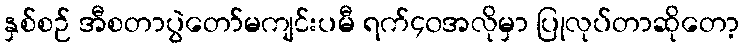
နှစ်စဉ် အီစတာပွဲတော်မကျင်းပမီ ရက်၄၀အလိုမှာ ပြုလုပ်တာဆိုတော့